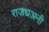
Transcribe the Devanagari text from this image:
राजधअनी